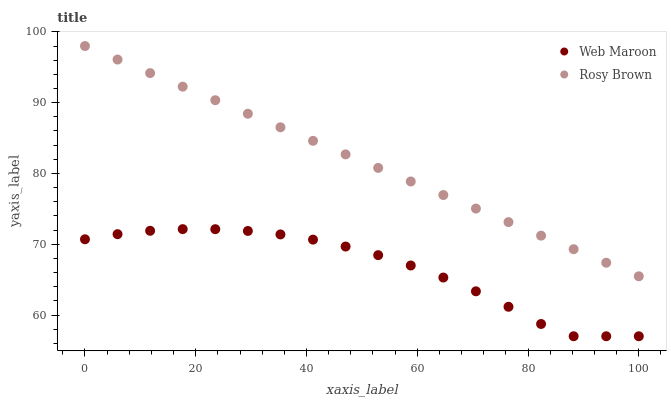
| xaxis_label | Web Maroon | Rosy Brown |
 | --- | --- | --- |
 | 0 | 70.7 | 98 |
 | 5.88 | 71.4 | 96.1 |
 | 11.8 | 71.9 | 94.2 |
 | 17.6 | 72.1 | 92.3 |
 | 23.5 | 72.1 | 90.3 |
 | 29.4 | 71.9 | 88.4 |
 | 35.3 | 71.4 | 86.5 |
 | 41.2 | 70.7 | 84.6 |
 | 47.1 | 69.7 | 82.7 |
 | 52.9 | 68.5 | 80.8 |
 | 58.8 | 67 | 78.9 |
 | 64.7 | 65.3 | 77 |
 | 70.6 | 63.3 | 75 |
 | 76.5 | 61.2 | 73.1 |
 | 82.4 | 58.7 | 71.2 |
 | 88.2 | 57 | 69.3 |
 | 94.1 | 57 | 67.4 |
 | 100 | 57 | 65.5 |